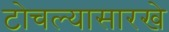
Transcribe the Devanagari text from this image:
टोचल्यासारखे